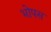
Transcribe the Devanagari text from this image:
भोपस